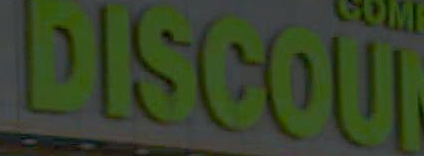
DISCOUN